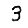
Digit: 3